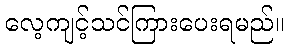
လေ့ကျင့်သင်ကြားပေးရမည်။